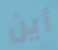
أين